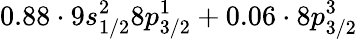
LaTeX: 0.88\cdot 9s_{1/2}^{2}8p_{3/2}^{1}+0.06\cdot 8p_{3/2}^{3}